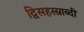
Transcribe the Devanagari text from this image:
द्विसहस्स्राब्दी